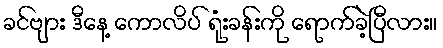
ခင်ဗျား ဒီနေ့ ကောလိပ် ရုံးခန်းကို ရောက်ခဲ့ပြီလား။